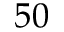
5 0